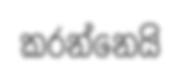
කරන්නෙයි